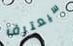
سيعترف